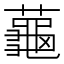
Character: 𬟏